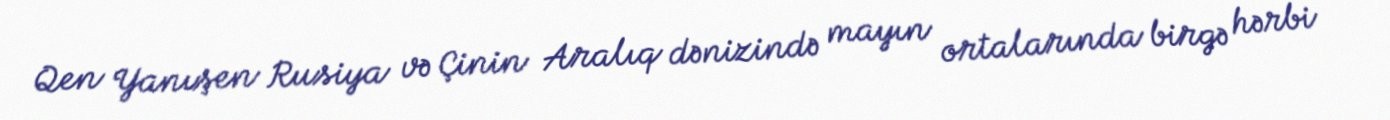
Qen Yanışen Rusiya və Çinin Aralıq dənizində mayın ortalarında birgə hərbi